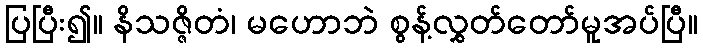
ပြပြီး၍။ နိသဇ္ဇိတံ၊ မဟောဘဲ စွန့်လွှတ်တော်မူအပ်ပြီ။